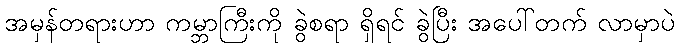
အမှန်တရားဟာ ကမ္ဘာကြီးကို ခွဲစရာ ရှိရင် ခွဲပြီး အပေါ်တက် လာမှာပဲ